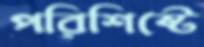
পরিশিষ্টে